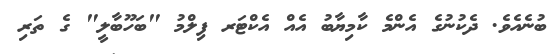
ބުނެއެވެ. ދެކުނުގެ އެންމެ ކާމިޔާބު އެއް އެކްޓަރ ފިލްމު "ބަހޫބާލީ" ގެ ތަރި